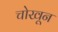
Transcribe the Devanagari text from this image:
चोखून